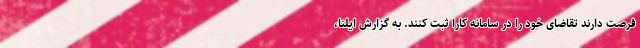
فرصت دارند تقاضای خود را در سامانه کارا ثبت کنند. به گزارش ایلنا،